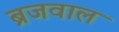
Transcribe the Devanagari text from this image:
ब्रजवाल